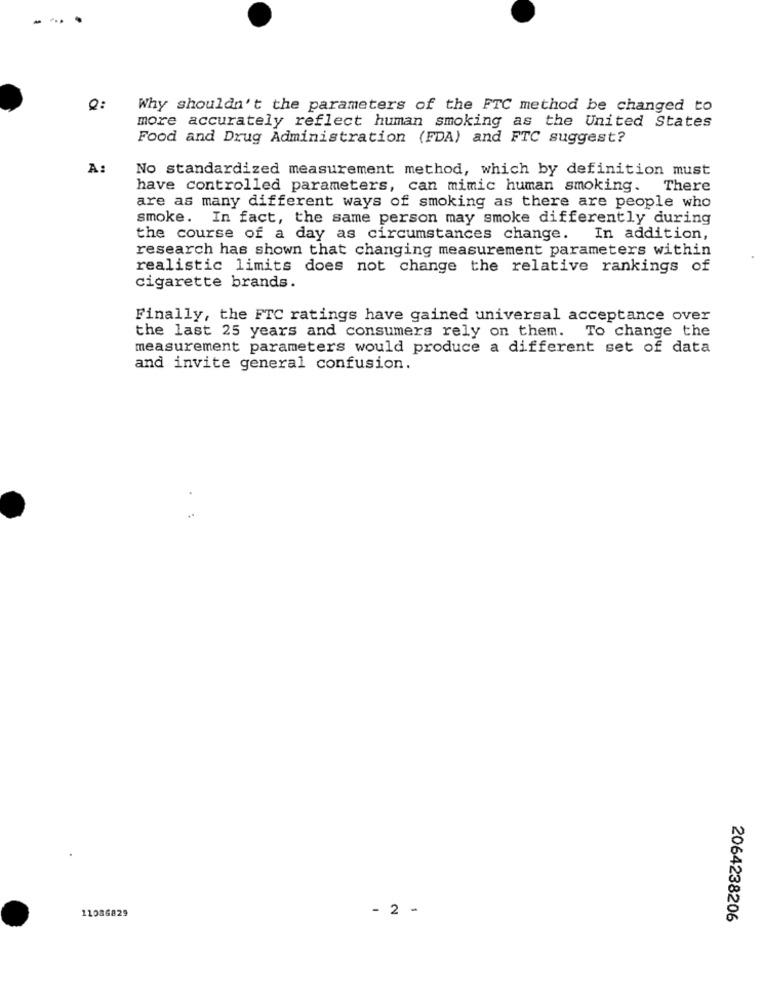
Why shouldn't the parameters of the FTC method be changed to
more accurately reflect human smoking as the United States
Food and Drug Administration (FDA) and FTC suggest?
A
No standardized measurement method, which by definition must
have controlled parameters, can mimic human smoking. There
are as many different ways of smoking as there are people who
smoke. In fact, the same person may smoke differently during
the course of a day as circumstances change. In addition,
research has shown that changing measurement parameters within
realistic limits does not change the relative rankings of
cigarette brands.
Finally, the FTC ratings have gained universal acceptance over
the last 25 years and consumers rely on them. To change the
measurement parameters would produce a different set of data
and invite general confusion.
11086829
- 2 -
2064238206